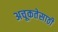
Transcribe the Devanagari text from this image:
अचूकतेसाठी